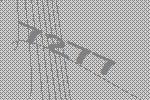
7277